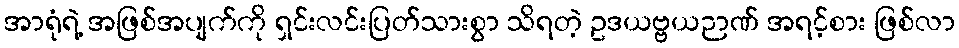
အာရုံရဲ့ အဖြစ်အပျက်ကို ရှင်းလင်းပြတ်သားစွာ သိရတဲ့ ဥဒယဗ္ဗယဉာဏ် အရင့်စား ဖြစ်လာ